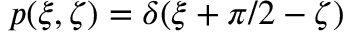
p ( \xi , \zeta ) = \delta ( \xi + \pi / 2 - \zeta )